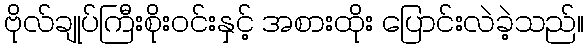
ဗိုလ်ချုပ်ကြီးစိုးဝင်းနှင့် အစားထိုး ပြောင်းလဲခဲ့သည်။